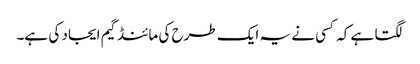
لگتا ہے کہ کسی نے یہ ایک طرح کی مائنڈ گیم ایجاد کی ہے۔